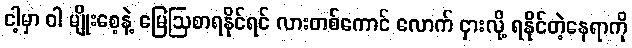
ငါ့မှာ ဝါ မျိုးစေ့နဲ့ မြေဩစာရနိုင်ရင် လားတစ်ကောင် လောက် ငှားလို့ ရနိုင်တဲ့နေရာကို